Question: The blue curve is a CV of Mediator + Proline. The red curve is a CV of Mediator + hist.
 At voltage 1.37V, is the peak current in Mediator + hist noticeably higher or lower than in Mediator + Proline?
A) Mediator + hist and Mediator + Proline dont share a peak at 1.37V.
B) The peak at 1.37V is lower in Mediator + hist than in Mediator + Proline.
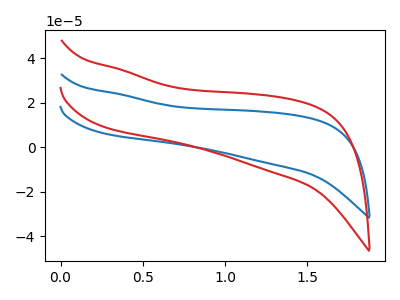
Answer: <think>The blue curve "Mediator + Proline" has no peaks. The red curve "Mediator + hist" has no peaks.</think>
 <answer>A) "Mediator + hist" and "Mediator + Proline" dont share a peak at 1.37V.</answer>
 <eval>A</eval>